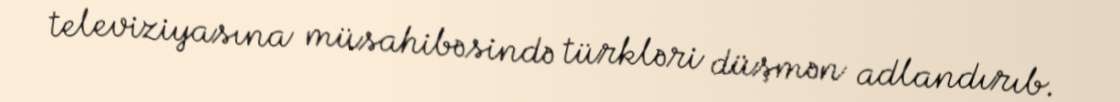
televiziyasına müsahibəsində türkləri düşmən adlandırıb.